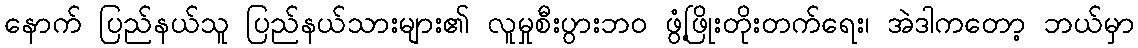
နောက် ပြည်နယ်သူ ပြည်နယ်သားများ၏ လူမှုစီးပွားဘဝ ဖွံ့ဖြိုးတိုးတက်ရေး၊ အဲဒါကတော့ ဘယ်မှာ